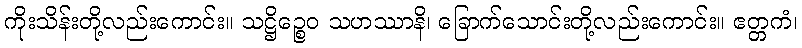
ကိုးသိန်းတို့လည်းကောင်း။ သဋ္ဌိဉ္စေဝ သဟဿာနိ၊ ခြောက်သောင်းတို့လည်းကောင်း။ ဧတ္တကံ၊